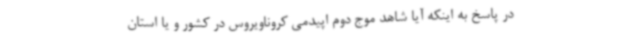
در پاسخ به اینکه آیا شاهد موج دوم اپیدمی کروناویروس در کشور و یا استان